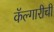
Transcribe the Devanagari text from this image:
कॅल्गारीची